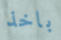
باخذ